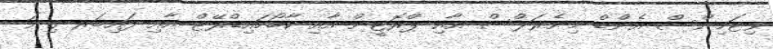
ވިޓަމިންސް އެންޑް މިނެރަލްސް އާއި ޕްރޮޓީން އާއި ކާބޯހައިޑްރޭޓް އާއި ފައިބަރ ގިނަ